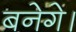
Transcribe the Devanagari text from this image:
बनेगे।